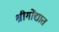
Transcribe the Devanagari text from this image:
श्रीगोंद्यात